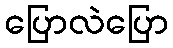
ပြောလဲပြော